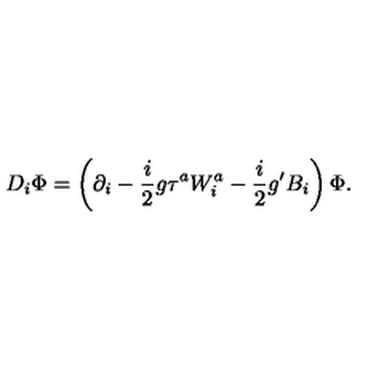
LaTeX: D _ { i } \Phi = \left( \partial _ { i } - \frac { i } { 2 } g \tau ^ { a } W _ { i } ^ { a } - \frac { i } { 2 } g ^ { \prime } B _ { i } \right) \Phi .